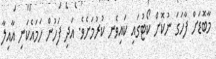
މާބޮޑަށް ފާހަގަ ނުކޮށް ކޯޓުގައި ކައިވެނ ކުރުމަށެވެ. އަދި ފަހުން ހަމައެކަނި އާއިލާ